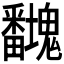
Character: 𭻻